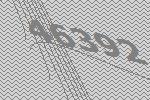
46392